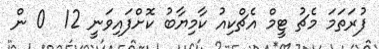
ފުރަތަމަ މެޗު ޓީމް އެޗްކިއު ކާމިޔާބު ކޮށްފައިވަނީ 12  0 ން